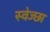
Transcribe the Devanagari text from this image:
स्वेज्छा